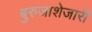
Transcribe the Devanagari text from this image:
बुरुजाशेजारी